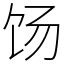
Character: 饧